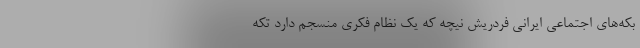
بکه‌های اجتماعی ایرانی فردریش نیچه که یک نظام فکری منسجم دارد تکه